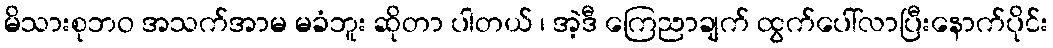
မိသားစုဘဝ အသက်အာမ မခံဘူး ဆိုတာ ပါတယ် ၊ အဲ့ဒီ ကြေညာချက် ထွက်ပေါ်လာပြီးနောက်ပိုင်း